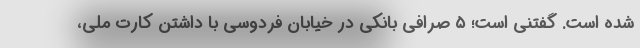
شده است. گفتنی است؛ ۵ صرافی بانکی در خیابان فردوسی با داشتن کارت ملی،